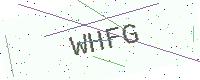
Text: WHFG